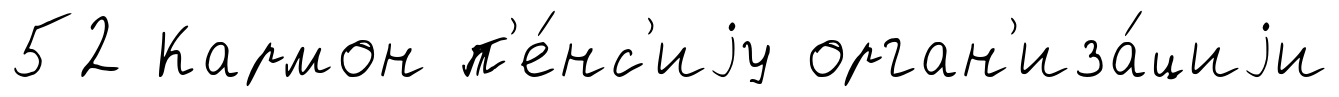
52 Кармон п'е́нс'иjу орган'иза́циjи